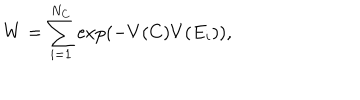
LaTeX: W = \sum _ { i = 1 } ^ { N _ { C } } \mathrm { e x p } ( - V ( C ) V ( E _ { i } ) ) ,